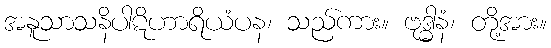
အနူသာသနိပါဋိဟာရိယံပန၊ သည်ကား။ ဗုဒ္ဓါနံ၊ တို့အား။